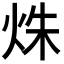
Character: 𤈐